Vaccination in Bombay 1856-1862 - 1856-1862
Year: 1856
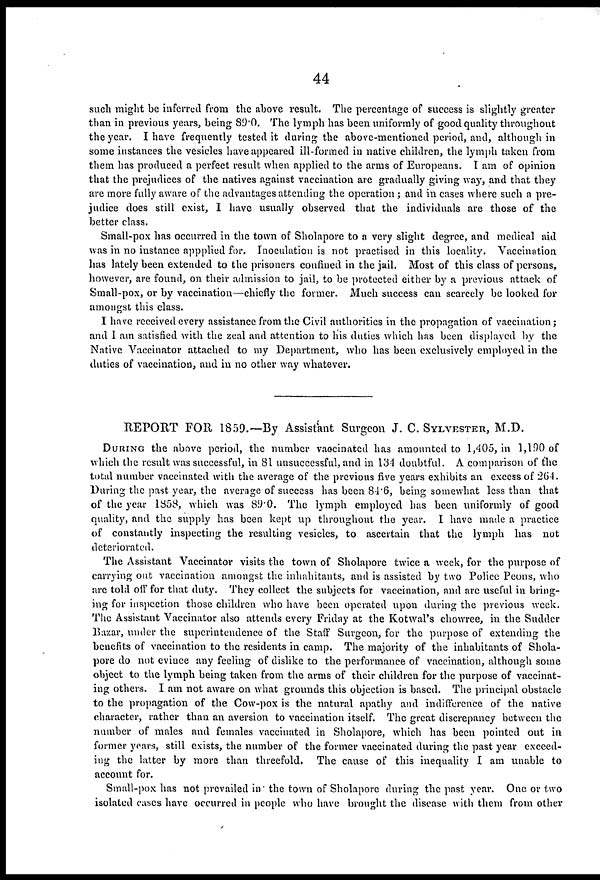
44
such might be inferred from the above result. The percentage of success is slightly greater
than in previous years, being 89.0. The lymph has been uniformly of good quality throughout
the year. I have frequently tested it during the above-mentioned period, and, although in
some instances the vesicles have appeared ill-formed in native children, the lymph taken from
them has produced a perfect result when applied to the arms of Europeans. I am of opinion
that the prejudices of the natives against vaccination are gradually giving way, and that they
are more fully aware of the advantages attending the operation ; and in cases where such a pre-
judice does still exist, I have usually observed that the individuals are those of the
better class.
Small-pox has occurred in the town of Sholapore to a very slight degree, and medical aid
was in no instance appplied for. Inoculation is not practised in this locality. Vaccination
has lately been extended to the prisoners confined in the jail. Most of this class of persons,
however, are found, on their admission to jail, to be protected either by a previous attack of
Small-pox, or by vaccination—chiefly the former. Much success can scarcely be looked for
amongst this class.
I have received every assistance from the Civil authorities in the propagation of vaccination;
and I am satisfied with the zeal and attention to his duties which has been displayed by the
Native Vaccinator attached to my Department, who has been exclusively employed in the
duties of vaccination, and in no other way whatever.
REPORT FOR 1859.—By Assistant Surgeon J. C. SYLVESTER, M.D.
DURING the above period, the number vaccinated has amounted to 1,405, in 1,190 of
which the result was successful, in 81 unsuccessful, and in 134 doubtful. A comparison of the
total number vaccinated with the average of the previous five years exhibits an excess of 264.
During the past year, the average of success has been 84.6, being somewhat less than that
of the year 1858, which was 89.0. The lymph employed has been uniformly of good
quality, and the supply has been kept up throughout the year. I have made a practice
of constantly inspecting the resulting vesicles, to ascertain that the lymph has not
deteriorated.
The Assistant Vaccinator visits the town of Sholapore twice a week, for the purpose of
carrying out vaccination amongst the inhabitants, and is assisted by two Police Peons, who
are told off for that duty. They collect the subjects for vaccination, and are useful in bring-
ing for inspection those children who have been operated upon during the previous week.
The Assistant Vaccinator also attends every Friday at the Kotwal's chowree, in the Sudder
Bazar, under the superintendence of the Staff Surgeon, for the purpose of extending the
benefits of vaccination to the residents in camp. The majority of the inhabitants of Shola-
pore do not evince any feeling of dislike to the performance of vaccination, although some
object to the lymph being taken from the arms of their children for the purpose of vaccinat-
ing others. I am not aware on what grounds this objection is based. The principal obstacle
to the propagation of the Cow-pox is the natural apathy and indifference of the native
character, rather than an aversion to vaccination itself. The great discrepancy between the
number of males and females vaccinated in Sholapore, which has been pointed out in
former years, still exists, the number of the former vaccinated during the past year exceed-
ing the latter by more than threefold. The cause of this inequality I am unable to
account for.
Small-pox has not prevailed in the town of Sholapore during the past year. One or two
isolated cases have occurred in people who have brought the disease with them from other